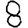
Digit: 8